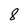
Character: 8